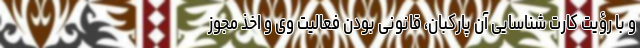
و با رؤیت کارت شناسایی آن پارکبان، قانونی بودن فعالیت وی و اخذ مجوز